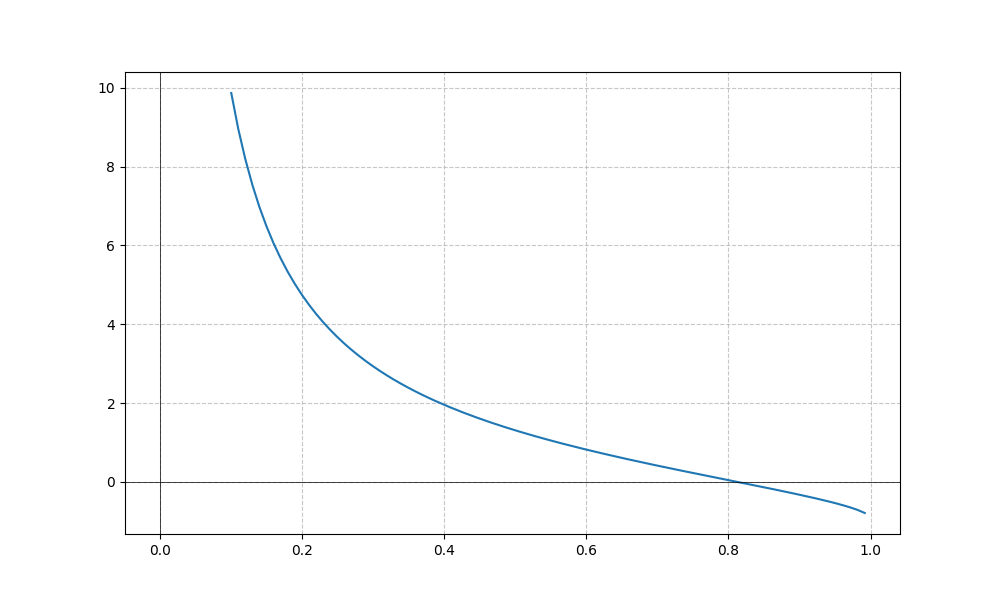
LaTeX formula: \cot{\left(x \right)} - \operatorname{asin}{\left(x \right)}